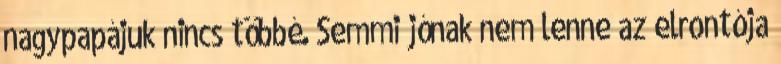
nagy­pa­pá­juk nincs többé. Semmi jónak nem lenne az el­ron­tója